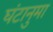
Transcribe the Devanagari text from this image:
घंटानुमा